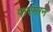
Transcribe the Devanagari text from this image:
फरमाने